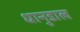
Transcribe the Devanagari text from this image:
धानुडाल